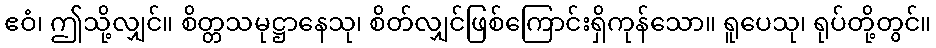
ဧဝံ၊ ဤသို့လျှင်။ စိတ္တသမုဋ္ဌာနေသု၊ စိတ်လျှင်ဖြစ်ကြောင်းရှိကုန်သော။ ရူပေသု၊ ရုပ်တို့တွင်။